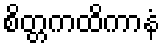
စိတ္တကထိကာနံ